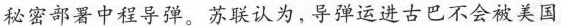
秘密部署中程导弹。苏联认为，导弹运进古巴不会被美国